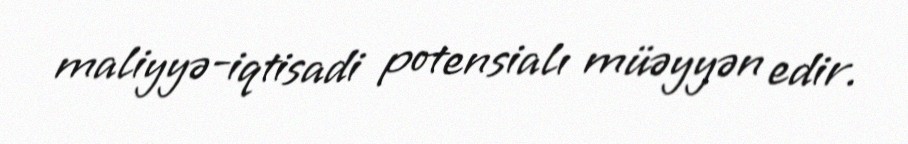
maliyyə-iqtisadi potensialı müəyyən edir.